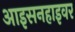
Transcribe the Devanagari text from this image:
आइसनहाइवर